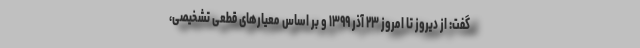
گفت: از دیروز تا امروز ۲۳ آذر ۱۳۹۹ و بر اساس معیارهای قطعی تشخیصی،